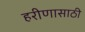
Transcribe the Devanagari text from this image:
हरीणासाठी